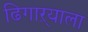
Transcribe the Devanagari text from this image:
ढिगाऱ्याला